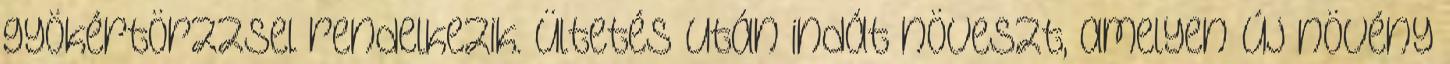
gyökértörzzsel rendelkezik. Ültetés után indát növeszt, amelyen új növény